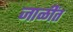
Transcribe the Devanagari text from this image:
जाळींत